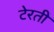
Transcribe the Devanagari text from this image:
टेरती